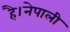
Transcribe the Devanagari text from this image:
है।नेपाली